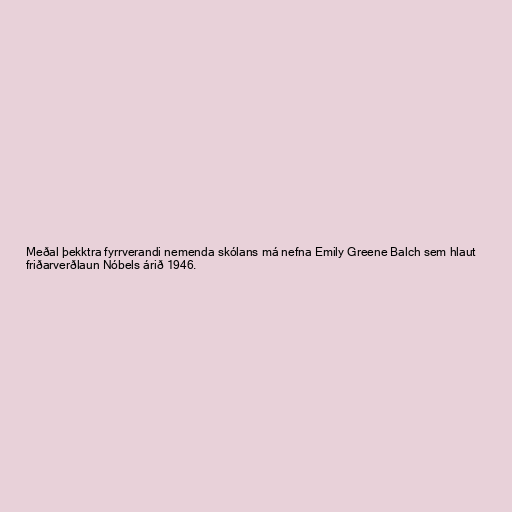
Meðal þekktra fyrrverandi nemenda skólans má nefna Emily Greene Balch sem hlaut
friðarverðlaun Nóbels árið 1946.